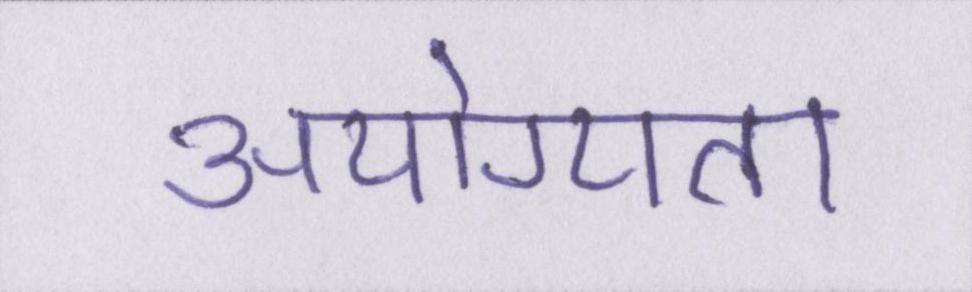
अयोग्यता